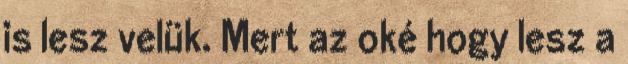
is lesz velük. Mert az oké hogy lesz a